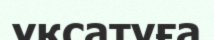
ұқсатуға